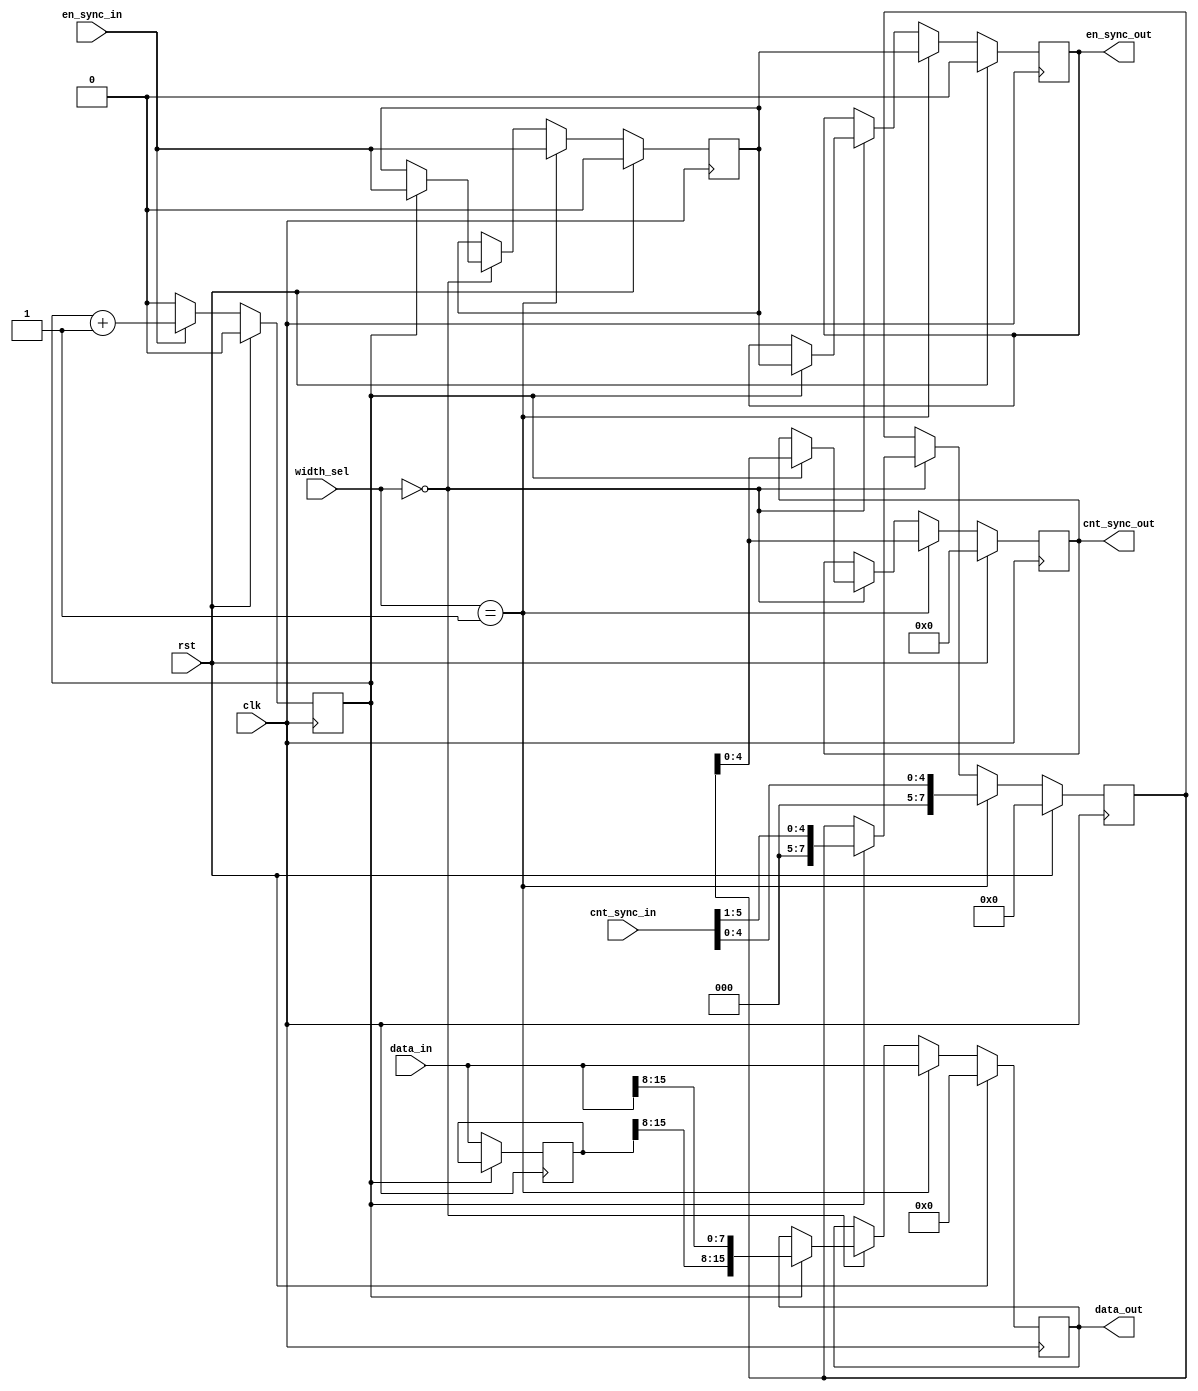
`timescale 1ns / 1ps
//////////////////////////////////////////////////////////////////////////////////
// Company: 
// Engineer: 
// 
// Design Name: 
// Module Name:    WIDTH_SEL 
// Project Name: 
// Target Devices: 
// Tool versions: 
// Description: 
//
// Dependencies: 
//
// Revision: 
// Revision 0.01 - File Created
// Additional Comments: 
//
//////////////////////////////////////////////////////////////////////////////////
 module WIDTH_SEL(
	input clk,
	input rst,
	
	input en_sync_in,
	input [5:0]cnt_sync_in, //[10:0]
	input [15:0]data_in,
	
	input [1:0]width_sel,		//
	
	output reg en_sync_out,
	output reg [4:0]cnt_sync_out, //[7:0]
	output reg [15:0]data_out
    );
//1bit1
reg cnt;
always @(posedge clk)
	begin
		if(rst)
			cnt<=0;
		else if(en_sync_in==1)
			cnt<=cnt+1;
		else
			cnt<=0;
	end
	
reg [15:0]data_temp;
always @(posedge clk)
	begin
		if(cnt==0)
			data_temp<=data_in;	
	end
reg en_sync_temp;	
reg [7:0]cnt_sync_temp;
always @(posedge clk)
	begin
		if(rst)
			begin
				en_sync_out<=0;
				cnt_sync_out<=0;
				en_sync_temp<=0;
				cnt_sync_temp<=0;
				data_out<=0;
			end
		else if(width_sel==1)
			begin
				en_sync_temp<=en_sync_in;
				cnt_sync_temp<=cnt_sync_in[4:0];//[7:0]
				en_sync_out<=en_sync_temp;
				cnt_sync_out<=cnt_sync_temp;
				data_out<=data_in;
			end
		else if(width_sel==0)
			begin
				if(cnt==1)
					begin
						en_sync_temp<=en_sync_in;
						cnt_sync_temp<=cnt_sync_in[5:1]; //[8:1]
						en_sync_out<=en_sync_temp;
						cnt_sync_out<=cnt_sync_temp;
						data_out<={data_temp[15:8],data_in[15:8]};
					end
				else
					begin
						en_sync_temp<=en_sync_temp;
						cnt_sync_temp<=cnt_sync_temp;
						en_sync_out<=en_sync_out;
						cnt_sync_out<=cnt_sync_out;
					end
			end
	end
endmodule